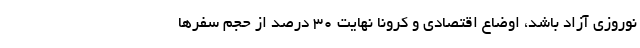
نوروزی آزاد باشد، اوضاع اقتصادی و کرونا نهایت 30 درصد از حجم سفرها